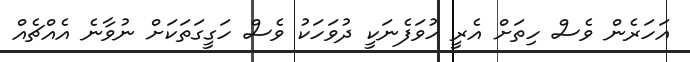
އަހަރެން ވެސް ހިތަށް އެރީ ހުވަފެނަކީ ދުވަހަކު ވެސް ހަގީގަތަކަށް ނުވާނެ އެއްޗެއް